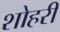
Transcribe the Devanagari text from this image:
शोहरी